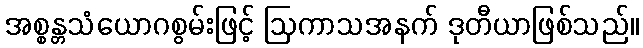
အစ္စန္တသံယောဂစွမ်းဖြင့် ဩကာသအနက် ဒုတီယာဖြစ်သည်။